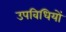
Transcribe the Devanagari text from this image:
उपविधियों